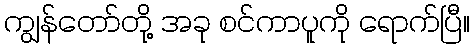
ကျွန်တော်တို့ အခု စင်ကာပူကို ရောက်ပြီ။